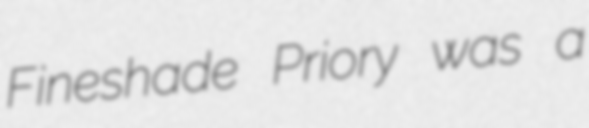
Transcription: Fineshade Priory was a